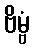
ဗိမ္ဗံ